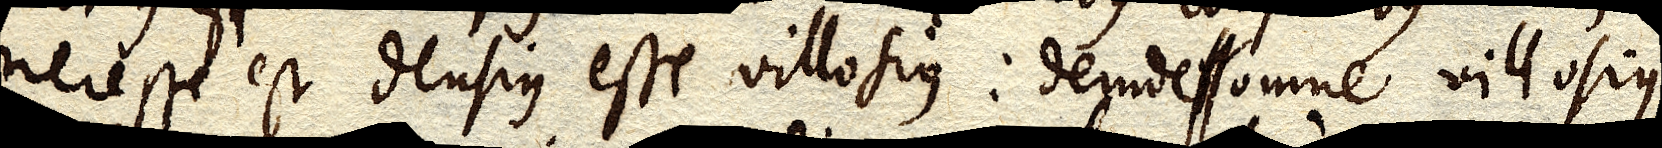
necesse est densius esse villosius: deinde xx omne villosius